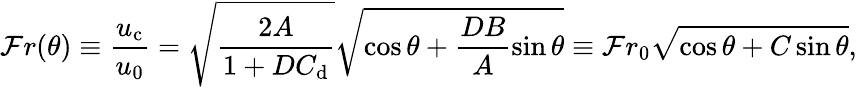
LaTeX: \mathcal{F}r(\theta)\equiv\frac{u_{\mathrm{c}}}{u_{0}}=\sqrt{\frac{2A}{1+DC_{\mathrm{d}}}}\sqrt{\cos\theta+\frac{DB}{A}\sin\theta}\equiv\mathcal{F}r_{0}\sqrt{\cos\theta+C\sin\theta},